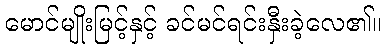
မောင်မျိုးမြင့်နှင့် ခင်မင်ရင်းနှီးခဲ့လေ၏။